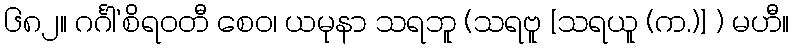
၆၈၂။ ဂင်္ဂါ’စိရဝတီ စေဝ၊ ယမုနာ သရဘူ (သရဗူ [သရယူ (က.)] ) မဟီ။